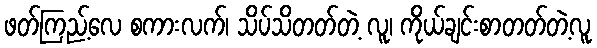
ဖတ်ကြည့်လေ စကားလက်၊ သိပ်သိတတ်တဲ့ လူ၊ ကိုယ်ချင်းစာတတ်တဲ့လူ